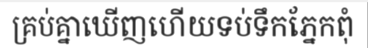
គ្រប់គ្នាឃើញហើយទប់ទឹកភ្នែកពុំ